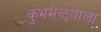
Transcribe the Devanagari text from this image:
कुंभमेळ्याला